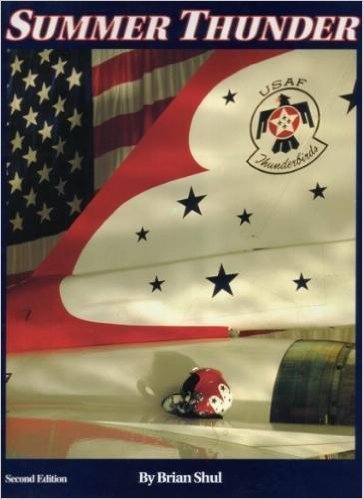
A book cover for Summer Thunder (Second Edition); Brian Shul; Sports & Outdoors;